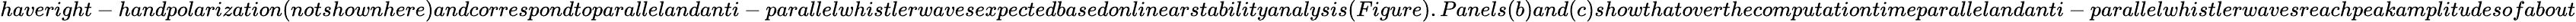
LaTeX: haveright-handpolarization(notshownhere)andcorrespondtoparallelandanti-parallelwhistlerwavesexpectedbasedonlinearstabilityanalysis(Figure).Panels(b)and(c)showthatoverthecomputationtimeparallelandanti-parallelwhistlerwavesreachpeakamplitudesofabout